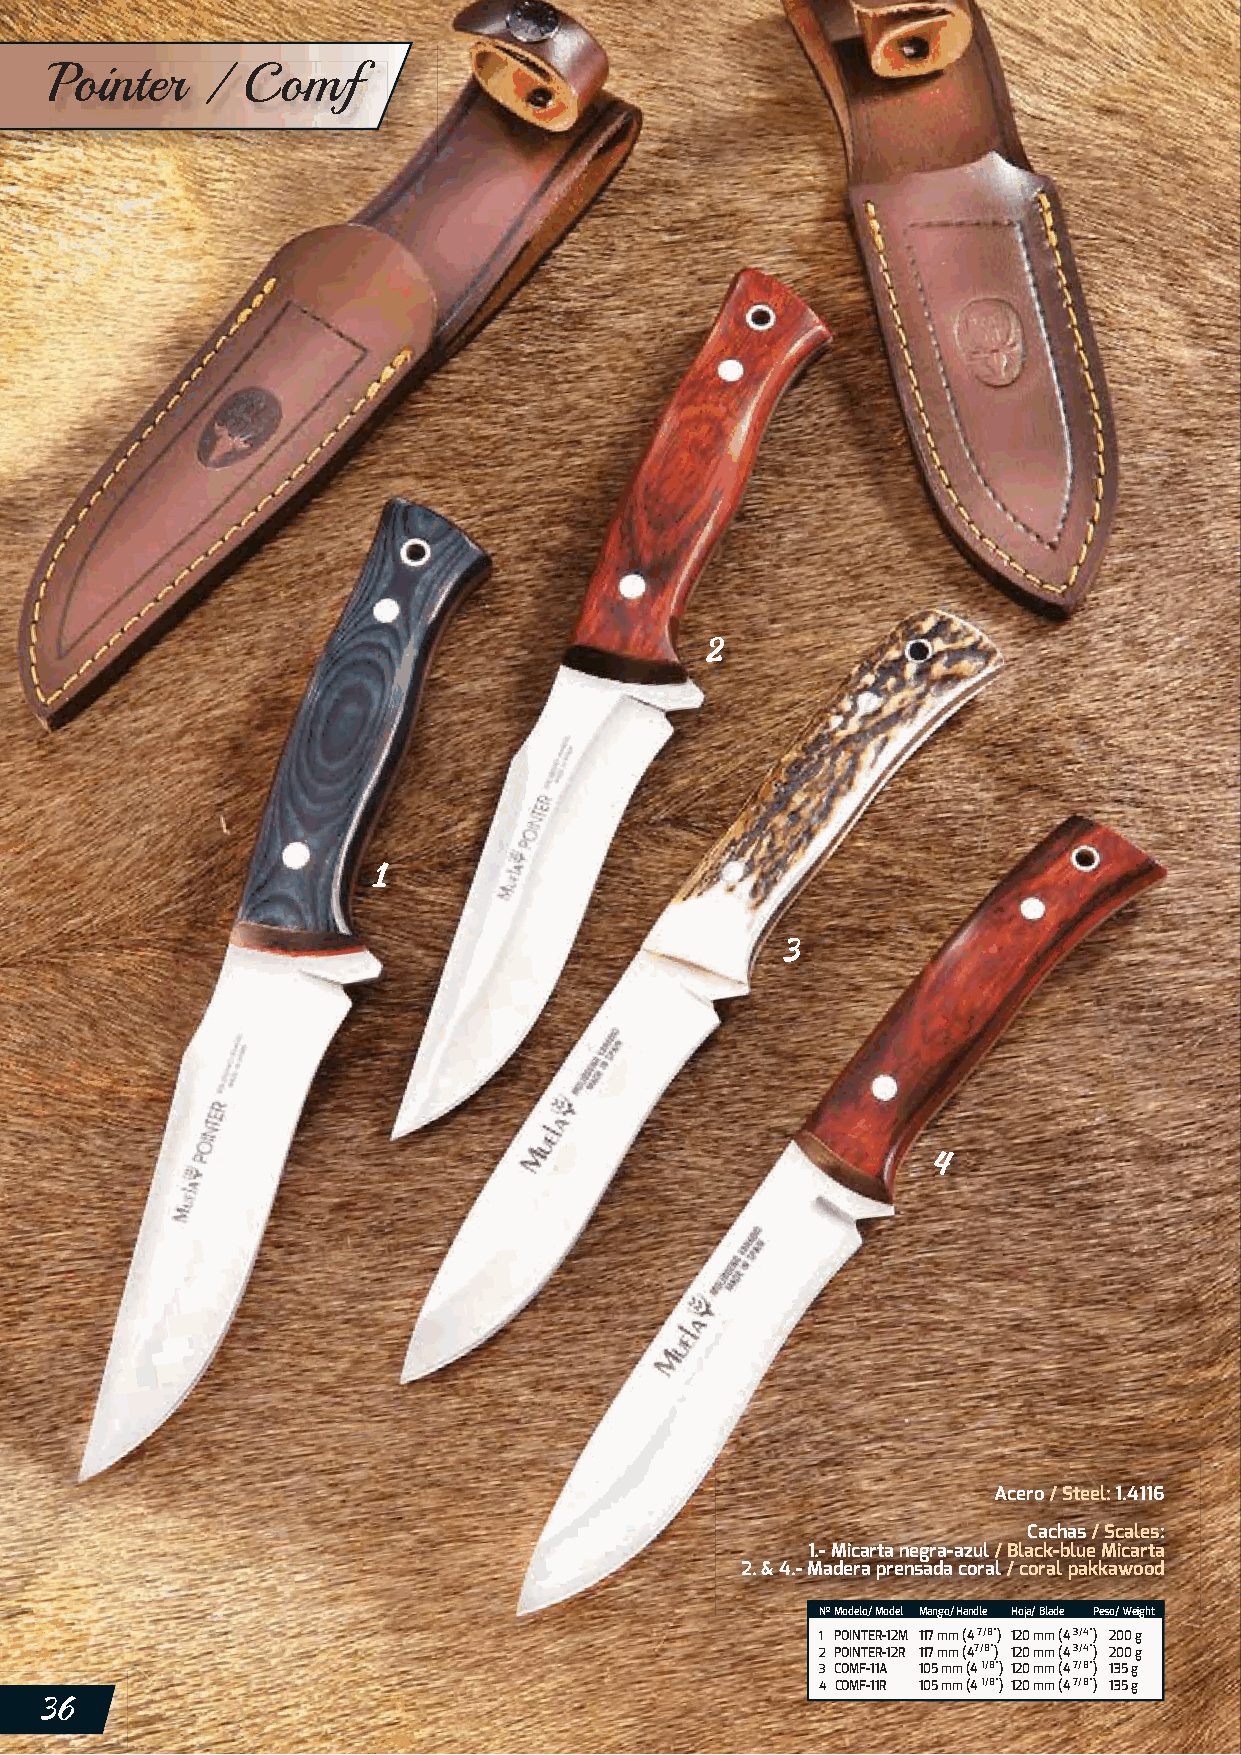
Pointer   /  Comf
 Acero / Steel: 1.4116
 Cachas / Scales:
 1.- Micarta negra-azul / Black-blue Micarta
 2. & 4.- Madera prensada coral / coral pakkawood
 NNºº MMooddeelloo// MMooddeell MMaannggoo// HHaannddllee HHoojjaa// BBllaaddee PPeessoo// WWeeiigghhtt
 1 POINTER-12M 117 mm (4 7/8”) 120 mm (4 3/4”) 200 g
 2 POINTER-12R 117 mm (47/8”) 120 mm (4 3/4”) 200 g
 3 COMF-11A 105 mm (4 1/8”) 120 mm (4 7/8”) 135 g
 4 COMF-11R 105 mm (4 1/8”) 120 mm (4 7/8”) 135 g
 36